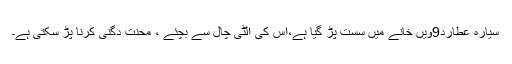
سیارہ عطارد9ویں خانے میں سست پڑ گیا ہے،اس کی الٹی چال سے بچئے ، محنت دگنی کرنا پڑ سکتی ہے۔